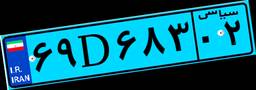
۶۹D۶۸۳۰۲